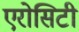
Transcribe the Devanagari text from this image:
एरोसिटी